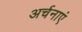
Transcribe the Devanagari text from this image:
अर्चनाएं